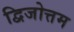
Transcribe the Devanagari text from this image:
द्विजोत्तम